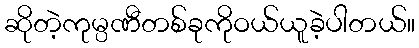
ဆိုတဲ့ကုမ္ပဏီတစ်ခုကိုဝယ်ယူခဲ့ပါတယ်။